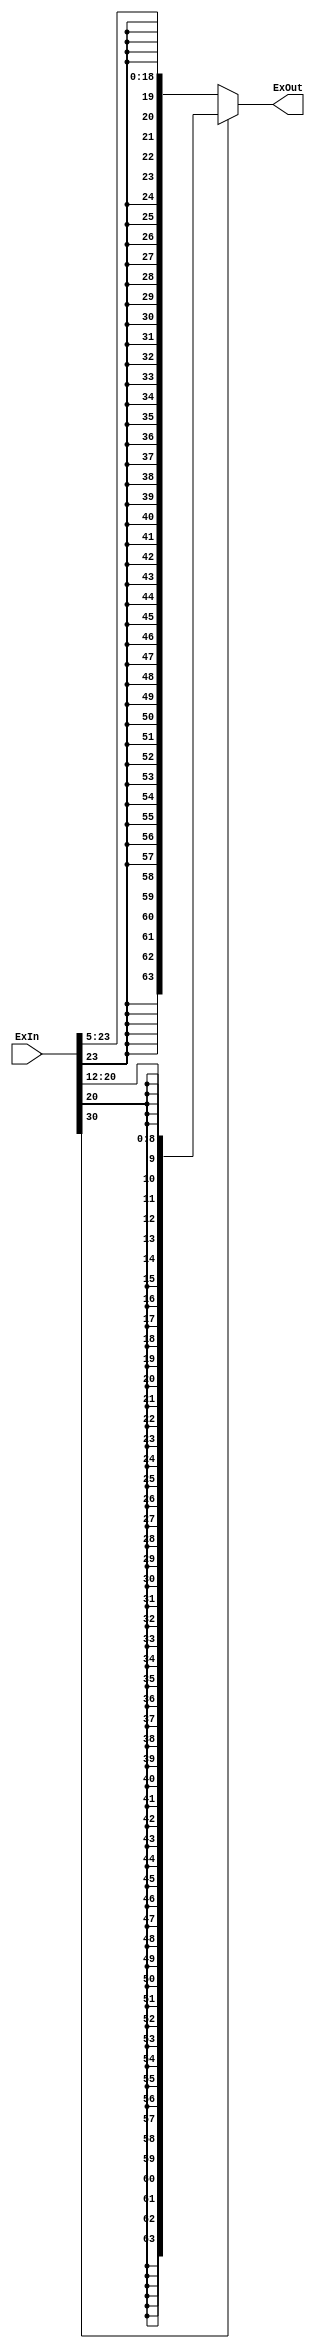
module SignEx( ExIn, ExOut );
input[31:0] ExIn;
output reg[63:0] ExOut;


always@(ExIn) 
begin
	ExOut=64'bz;
	//conditional branch
	if(ExIn[30]==1'b0)
		ExOut={{45{ExIn[23]}},ExIn[23:5]};
		//LDUR & STUR
	else if(ExIn[30]==1'b1)
		ExOut={{55{ExIn[20]}},ExIn[20:12]};
end
endmodule